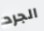
الجرد